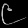
Digit: ၉